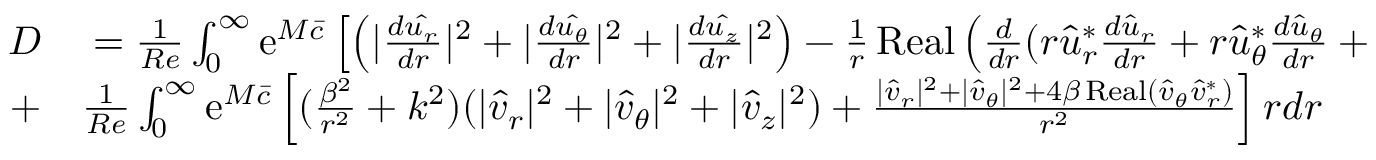
\begin{array} { r l } { D } & { { } = \frac { 1 } { R e } \int _ { 0 } ^ { \infty } \mathrm { e } ^ { M \bar { c } } \left[ \left( | \frac { d \hat { u _ { r } } } { d r } | ^ { 2 } + | \frac { d \hat { u _ { \theta } } } { d r } | ^ { 2 } + | \frac { d \hat { u _ { z } } } { d r } | ^ { 2 } \right) - \frac { 1 } { r } \operatorname { R e a l } \left( \frac { d } { d r } ( r \hat { u } _ { r } ^ { * } \frac { d \hat { u } _ { r } } { d r } + r \hat { u } _ { \theta } ^ { * } \frac { d \hat { u } _ { \theta } } { d r } + r \hat { u } _ { z } ^ { * } \frac { d \hat { u } _ { z } } { d r } ) \right) \right] r d r } \\ { + } & { { } \frac { 1 } { R e } \int _ { 0 } ^ { \infty } \mathrm { e } ^ { M \bar { c } } \left[ ( \frac { \beta ^ { 2 } } { r ^ { 2 } } + k ^ { 2 } ) ( | \hat { v } _ { r } | ^ { 2 } + | \hat { v } _ { \theta } | ^ { 2 } + | \hat { v } _ { z } | ^ { 2 } ) + \frac { | \hat { v } _ { r } | ^ { 2 } + | \hat { v } _ { \theta } | ^ { 2 } + 4 \beta \operatorname { R e a l } ( \hat { v } _ { \theta } \hat { v } _ { r } ^ { * } ) } { r ^ { 2 } } \right] r d r } \end{array}